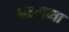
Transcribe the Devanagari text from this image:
भरताव्या